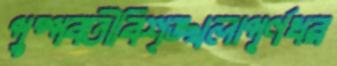
পুষ্পবতীবিশৃঙ্খলাপূর্ণধর